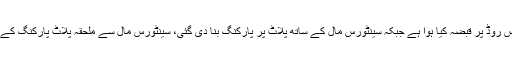
چیف جسٹس کا کہنا تھا کہ شہر کا بلیو ایریا کوڑا کرکٹ سے بھرا پڑا ہے، ایک پلازے والوں نے سروس روڈ پر قبضہ کیا ہوا ہے جبکہ سینٹورس مال کے ساتھ پلاٹ پر پارکنگ بنا دی گئی، سینٹورس مال سے ملحقہ پلاٹ پارکنگ کے لیے دینے پر مطمئن کریں اور ماسٹر پلان سے دکھائیں یہ پلاٹ پارکنگ کے لیے رکھا گیا تھا یا نہیں۔